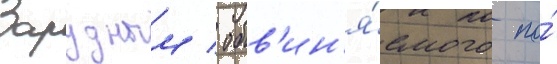
Зарудным / обв'ин'я́емого по́